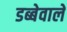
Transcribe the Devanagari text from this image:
डब्बेवाले